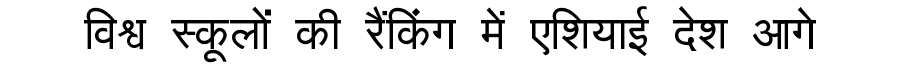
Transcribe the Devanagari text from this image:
विश्व स्कूलों की रैंकिंग में एशियाई देश आगे